Indian journal of veterinary science and animal husbandry - Volume 12,
Year: 1942
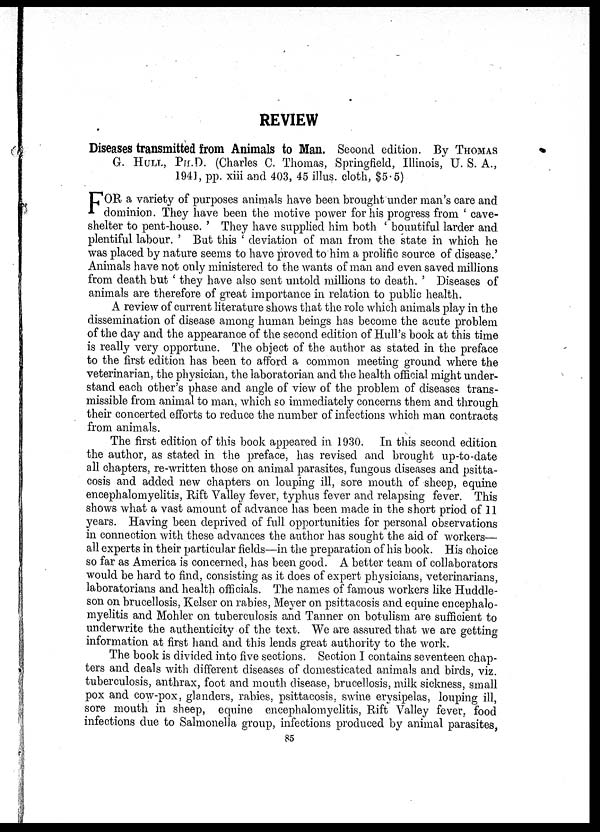
REVIEW
Diseases transmitted from Animals to Man. Second edition. By THOMAS
G. HULL, PH.D. (Charles C. Thomas, Springfield, Illinois, U. S. A.,
1941, pp. xiii and 403, 45 illus. cloth, $5.5)
F OR a variety of purposes animals have been brought under man's care and
dominion. They have been the motive power for his progress from ' cave¬
shelter to pent-house. ' They have supplied him both ' bountiful larder and
plentiful labour. ' But this ' deviation of man from the state in which he
was placed by nature seems to have proved to him a prolific source of disease.'
Animals have not only ministered to the wants of man and even saved millions
from death but ' they have also sent untold millions to death. ' Diseases of
animals are therefore of great importance in relation to public health.
A review of current literature shows that the role which animals play in the
dissemination of disease among human beings has become the acute problem
of the day and the appearance of the second edition of Hull's book at this time
is really very opportune. The object of the author as stated in the preface
to the first edition has been to afford a common meeting ground where the
veterinarian, the physician, the laboratorian and the health official might under-
stand each other's phase and angle of view of the problem of diseases trans-
missible from animal to man, which so immediately concerns them and through
their concerted efforts to reduce the number of infections which man contracts
from animals.
The first edition of this book appeared in 1930. In this second edition
the author, as stated in the preface, has revised and brought up-to-date
all chapters, re-written those on animal parasites, fungous diseases and psitta-
cosis and added new chapters on louping ill, sore mouth of sheep, equine
encephalomyelitis, Rift Valley fever, typhus fever and relapsing fever. This
shows what a vast amount of advance has been made in the short priod of 11
years. Having been deprived of full opportunities for personal observations
in connection with these advances the author has sought the aid of workers—
all experts in their particular fields—in the preparation of his book. His choice
so far as America is concerned, has been good. A better team of collaborators
would be hard to find, consisting as it does of expert physicians, veterinarians,
laboratorians and health officials. The names of famous workers like Huddle-
son on brucellosis, Kelser on rabies, Meyer on psittacosis and equine encephalo-
myelitis and Mohler on tuberculosis and Tanner on botulism are sufficient to
underwrite the authenticity of the text. We are assured that we are getting
information at first hand and this lends great authority to the work.
The book is divided into five sections. Section I contains seventeen chap-
ters and deals with different diseases of domesticated animals and birds, viz.
tuberculosis, anthrax, foot and mouth disease, brucellosis, milk sickness, small
pox and cow-pox, glanders, rabies, psittacosis, swine erysipelas, louping ill,
sore mouth in sheep, equine encephalomyelitis, Rift Valley fever, food
infections due to Salmonella group, infections produced by animal parasites,
85